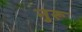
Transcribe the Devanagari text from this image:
नुरू